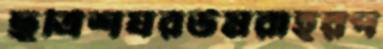
ছত্রিশঘরউমরাহরপ